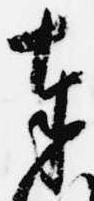
奉